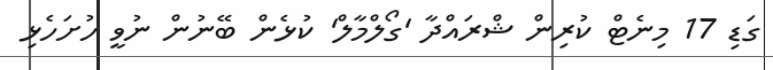
ގަޑި 17 މިނެޓް ކުރިން ޝްރައްދާ 'ގޯލްމާލް' ކުޅެން ބޭނުން ނުވީ ހުށަހެޅި